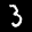
Label: 3